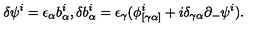
\delta \psi ^ { i } = \epsilon _ { \alpha } b _ { \alpha } ^ { i } , \delta b _ { \alpha } ^ { i } = \epsilon _ { \gamma } ( \phi _ { [ \gamma \alpha ] } ^ { i } + i \delta _ { \gamma \alpha } \partial _ { - } \psi ^ { i } ) .